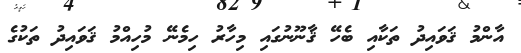
އާންމު ޤަވައިދު ތަކާއި ބެހޭ ޤާނޫނުގައި މިހާރު ހިމެނޭ މުހިއްމު ޤަވައިދު ތަކުގެ